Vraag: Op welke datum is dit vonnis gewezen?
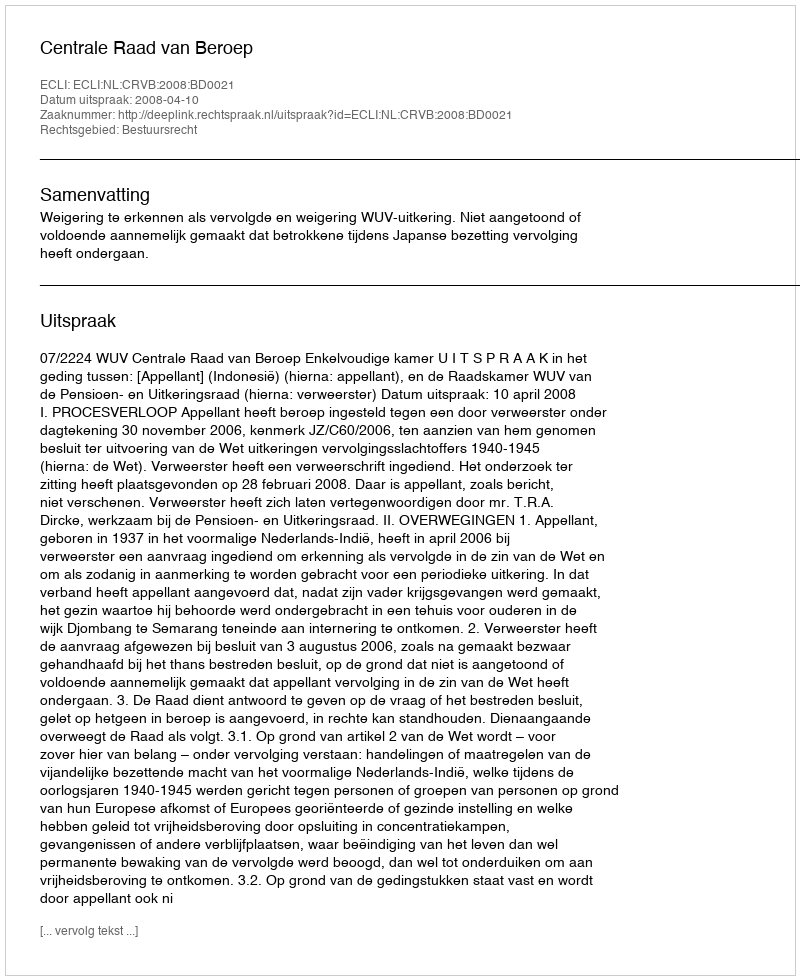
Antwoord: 2008-04-10